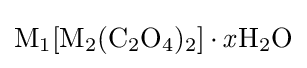
{\ce {M1[M2(C2O4)2].{\mathit {x}}H2O}}